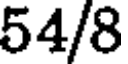
54/8